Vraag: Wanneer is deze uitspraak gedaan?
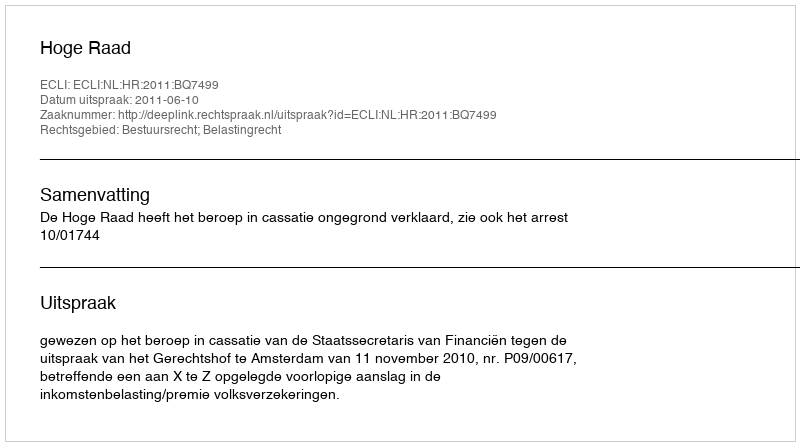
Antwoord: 2011-06-10